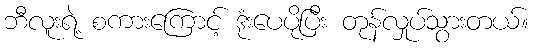
ဘီလူးရဲ့ စကားကြောင့် ဒုံးပေပိုပြီး တုန်လှုပ်သွားတယ်။